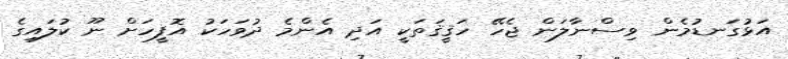
އަޅުގަނޑުމެން ވިސްނާލަން ޖެހޭ ހަޤީޤަތަކީ އަދި އެންމެ ދުވަހަކު އޮފީހަށް ނޫ ކުލައިގެ